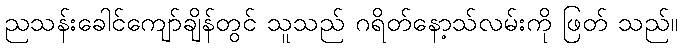
ညသန်းခေါင်ကျော်ချိန်တွင် သူသည် ဂရိတ်နော့သ်လမ်းကို ဖြတ် သည်။